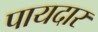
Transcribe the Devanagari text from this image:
पायदार